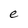
Character: e